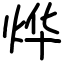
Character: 烨